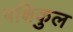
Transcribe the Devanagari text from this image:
पक्षिकुल